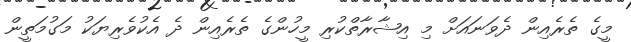
މީގެ ތެރެއިން ދެވަނައަށް މި އިޝާރާތްކުރި މީހުންގެ ތެރެއިން ދެ އެކުވެރިޔަކު މަގުމަތީން